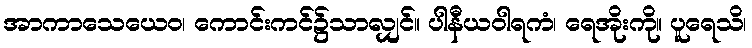
အာကာသေယေဝ၊ ကောင်းကင်၌သာလျှင်။ ပါနီယဝါရကံ၊ ရေအိုးကို။ ပူရေသိ၊